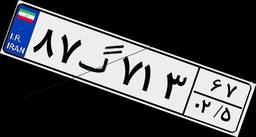
۸۷گ۷۱۳۶۷